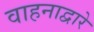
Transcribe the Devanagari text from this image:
वाहनाद्वारे